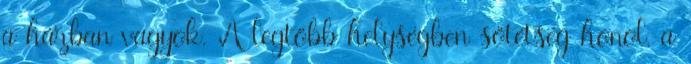
a házban vagyok. A legtöbb helységben sötétség honol, a